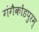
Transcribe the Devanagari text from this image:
गंगैकोंडपुरम्